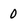
Character: 0